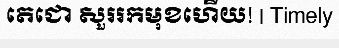
តេជោ សួររកមុខហើយ! | Timely